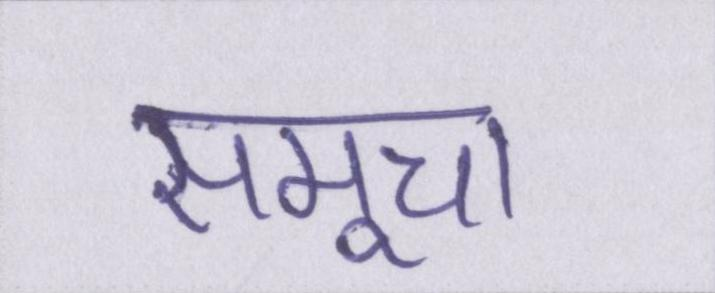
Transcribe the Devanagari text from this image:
समूचा